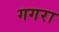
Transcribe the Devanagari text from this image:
गगरा